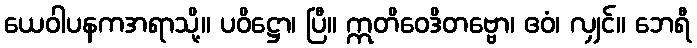
ယေဝါပနကအရာသို့။ ပဝိဋ္ဌော၊ ပြီ။ ဣတိဝေဒိတဗ္ဗော၊ ဧဝံ၊ လျှင်။ ဘေရီ